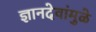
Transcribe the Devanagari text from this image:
ज्ञानदेवांमुळे